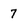
Character: 7